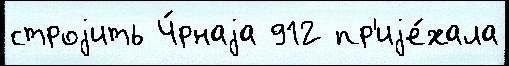
строjить Ч́рнаjа 912 пр'иjе́хала